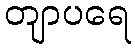
တျာပရေ